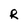
Character: R